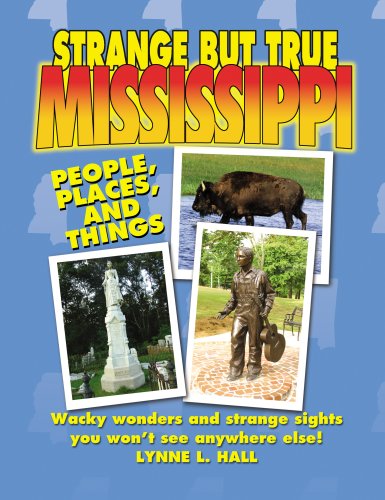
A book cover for Strange But True Mississippi; Lynne L. Hall; Travel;